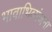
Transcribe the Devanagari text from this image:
भावाभिव्यंजना